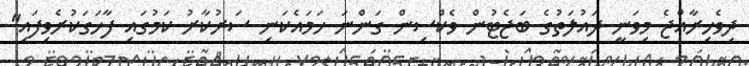
ދިވެހިރާއްޖެ މިވަނީ ދައުލަތުގެ ބަޖެޓުން ވެކްސިން ގަންނަ ހަމައެކަނި ސަރުކާރު ކަމުގައި ފާހަގަކުރެވިފައި"